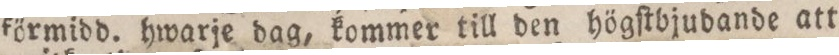
förmidd. hwarje dag, kommer till den högſtbjudande att